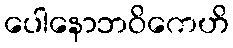
ပေါနောဘဝိကေဟိ